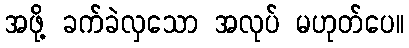
အဖို့ ခက်ခဲလှသော အလုပ် မဟုတ်ပေ။